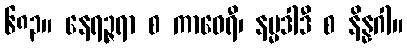
၆၈၃။ နေရဉ္ဇရာ စ ကာဝေရီ၊ နမ္မဒါဒီ စ နိန္နဂါ။